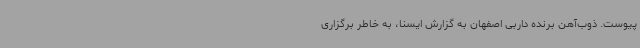
پیوست. ذوب‌آهن برنده داربی اصفهان به گزارش ایسنا، به خاطر برگزاری